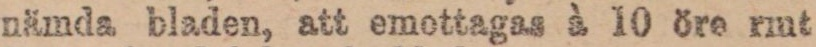
nämda bladen, att emottagas à 10 öre rmt